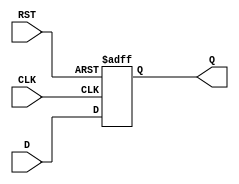
module synchronous_register (
    input wire D,        // Data Input
    input wire CLK,      // Clock Input
    input wire RST,      // Reset Input (active high)
    output reg Q         // Data Output
);

// Always block triggered on the rising edge of the clock or the reset signal
always @(posedge CLK or posedge RST) begin
    if (RST) begin
        Q <= 1'b0;      // Asynchronous reset: set Q to 0
    end else begin
        Q <= D;         // On clock edge, capture the value of D
    end
end

endmodule